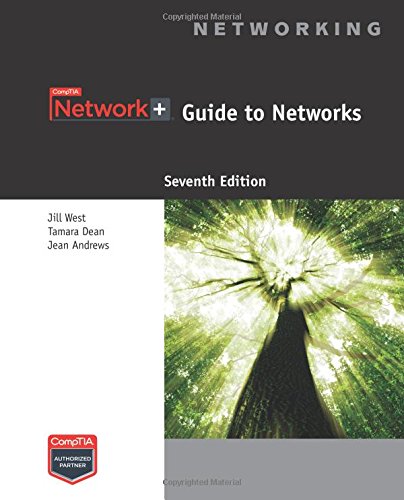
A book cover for Network+ Guide to Networks; Jill West; Engineering & Transportation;